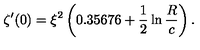
\zeta ^ { \prime } ( 0 ) = \xi ^ { 2 } \left( 0 . 3 5 6 7 6 + \frac { 1 } { 2 } \ln \frac { R } { c } \right) .